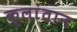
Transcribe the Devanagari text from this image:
क्लांतान